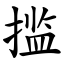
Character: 㨫